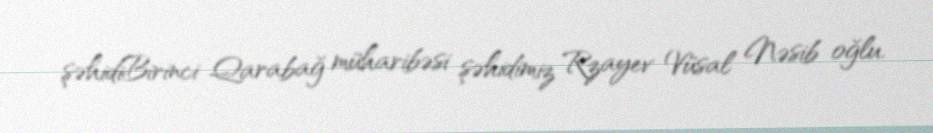
şəhidiBirinci Qarabağ müharibəsi şəhidimiz Rzayev Vüsal Nəsib oğlu.